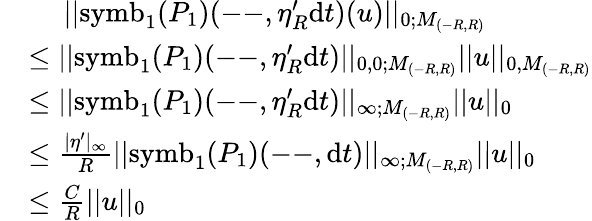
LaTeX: \begin{array}{rl}&{\quad\ ||\mathrm{symb}_{1}(P_{1})(\mathrm{--},\eta_{R}^{\prime}\mathrm{d}t)(u)||_{0;M_{(-R,R)}}}\\ &{\leq||\mathrm{symb}_{1}(P_{1})(\mathrm{--},\eta_{R}^{\prime}\mathrm{d}t)||_{0,0;M_{(-R,R)}}||u||_{0,M_{(-R,R)}}}\\ &{\leq||\mathrm{symb}_{1}(P_{1})(\mathrm{--},\eta_{R}^{\prime}\mathrm{d}t)||_{\infty;M_{(-R,R)}}||u||_{0}}\\ &{\leq\frac{|\eta^{\prime}|_{\infty}}{R}||\mathrm{symb}_{1}(P_{1})(\mathrm{--},\mathrm{d}t)||_{\infty;M_{(-R,R)}}||u||_{0}}\\ &{\leq\frac{C}{R}||u||_{0}}\end{array}